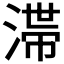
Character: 𣻉